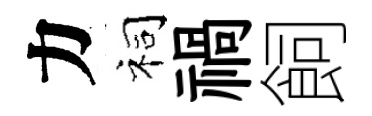
力祠禍飼